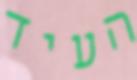
העיד